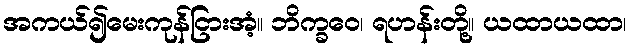
အကယ်၍မေးကုန်ငြားအံ့။ ဘိက္ခဝေ၊ ရဟန်းတို့။ ယထာယထာ၊